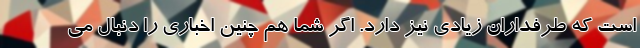
است که طرفداران زیادی نیز دارد. اگر شما هم چنین اخباری را دنبال می